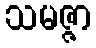
သမဇ္ဇာ